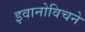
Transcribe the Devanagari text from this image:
इवानोविचने